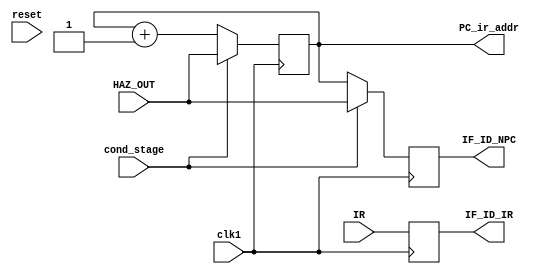
module IF_ID_STAGE(
	PC_ir_addr,
	IR,
	clk1,
	IF_ID_NPC,
	IF_ID_IR,
	reset,
        HAZ_OUT,
	cond_stage);
input clk1,reset,cond_stage;
input [31:0] HAZ_OUT;
output reg [31:0] IF_ID_IR, IF_ID_NPC;
input [31:0]IR;
reg [31:0] PC=0;
output [31:0] PC_ir_addr;
reg br=0;

assign PC_ir_addr=(br)?HAZ_OUT:PC;





always @(posedge clk1)
begin

if(cond_stage)
begin
IF_ID_IR<=IR;
PC<=HAZ_OUT;
IF_ID_NPC<=HAZ_OUT;
end
else
begin
IF_ID_IR<=IR;
IF_ID_NPC<=PC;
PC<=PC+1;
end


end


endmodule